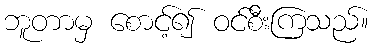
ဘူတာမှ စောင့်၍ ဝင်စီးကြသည်။